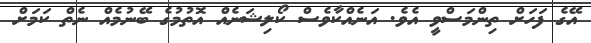
އޭގެ ފަހަށް ތިންމަސްވީ އެވެ. އަނެއްކާވެސް ކޯލިޝަނެއް އޮތުމުގެ ބޭނުމެއް ނެތް ކަމަށް